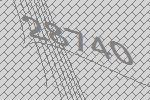
28740